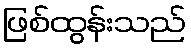
ဖြစ်ထွန်းသည်